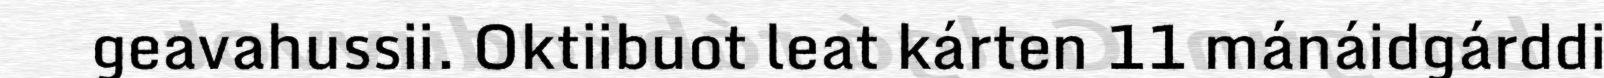
geavahussii. Oktiibuot leat kárten 11 mánáidgárddi